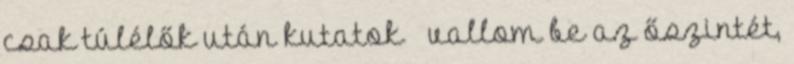
csak túlélők után kutatok – vallom be az őszintét,